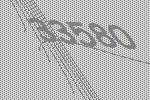
33580